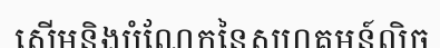
សើមនិងបំណែកនៃសហគមន៍លិច